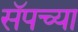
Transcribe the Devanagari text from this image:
सॅपच्या